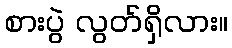
စားပွဲ လွတ်ရှိလား။